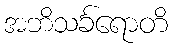
အဘိသင်္ခရောတိ